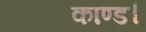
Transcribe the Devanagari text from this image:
काण्ड।